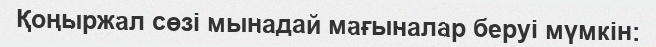
Қоңыржал сөзі мынадай мағыналар беруі мүмкін: